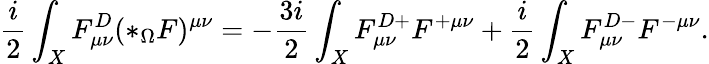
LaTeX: \frac{i}{2}\int_{X}F_{\mu\nu}^{D}(*_{\Omega}F)^{\mu\nu}=-\frac{3i}{2}\int_{X}F_{\mu\nu}^{D+}F^{+\mu\nu}+\frac{i}{2}\int_{X}F_{\mu\nu}^{D-}F^{-\mu\nu}.